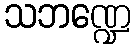
သဘဏ္ဍေ